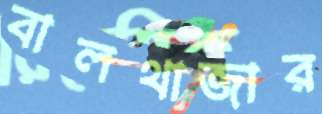
বালথাজার